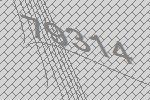
79314